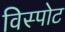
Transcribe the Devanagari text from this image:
विस्पोट